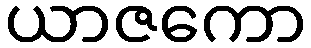
ယာဇကော